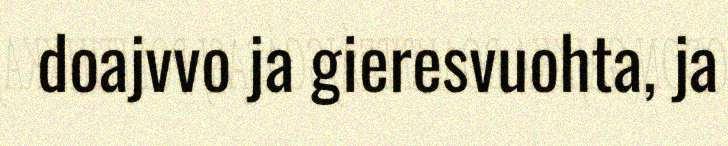
doajvvo ja gieresvuohta, ja